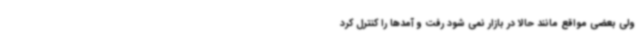
ولی بعضی مواقع مانند حالا در بازار نمی شود رفت و آمدها را کنترل کرد